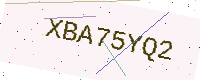
Text: XBA75YQ2